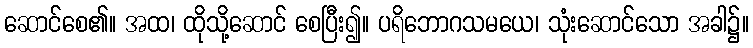
ဆောင်စေ၏။ အထ၊ ထိုသို့ဆောင် စေပြီး၍။ ပရိဘောဂသမယေ၊ သုံးဆောင်သော အခါ၌။